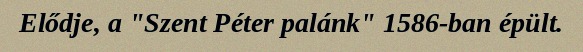
Elődje, a "Szent Péter palánk" 1586-ban épült.